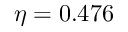
\eta = 0 . 4 7 6